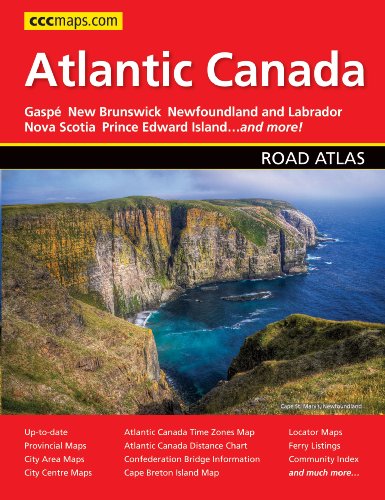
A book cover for Atlantic Canada Road Atlas; Canadian Cartographics; Travel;